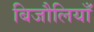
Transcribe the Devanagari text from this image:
बिजौलियाँ